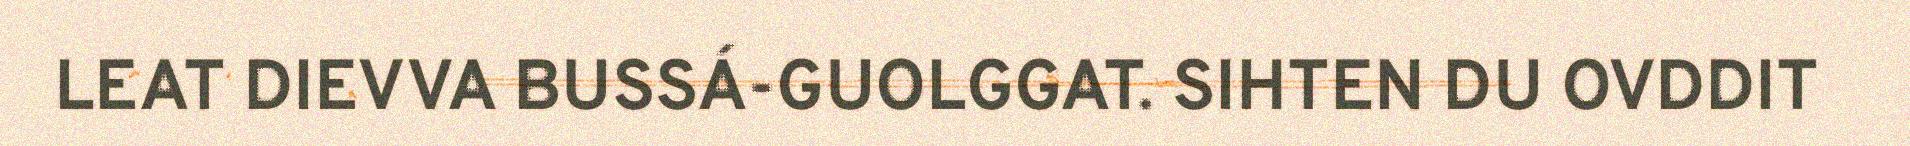
LEAT DIEVVA BUSSÁ-GUOLGGAT. SIHTEN DU OVDDIT